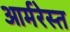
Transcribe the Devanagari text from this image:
आर्मरेस्त